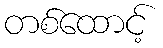
တစ်ထောင့်